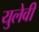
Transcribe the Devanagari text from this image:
युलेवी